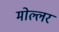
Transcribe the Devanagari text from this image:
मोल्लर